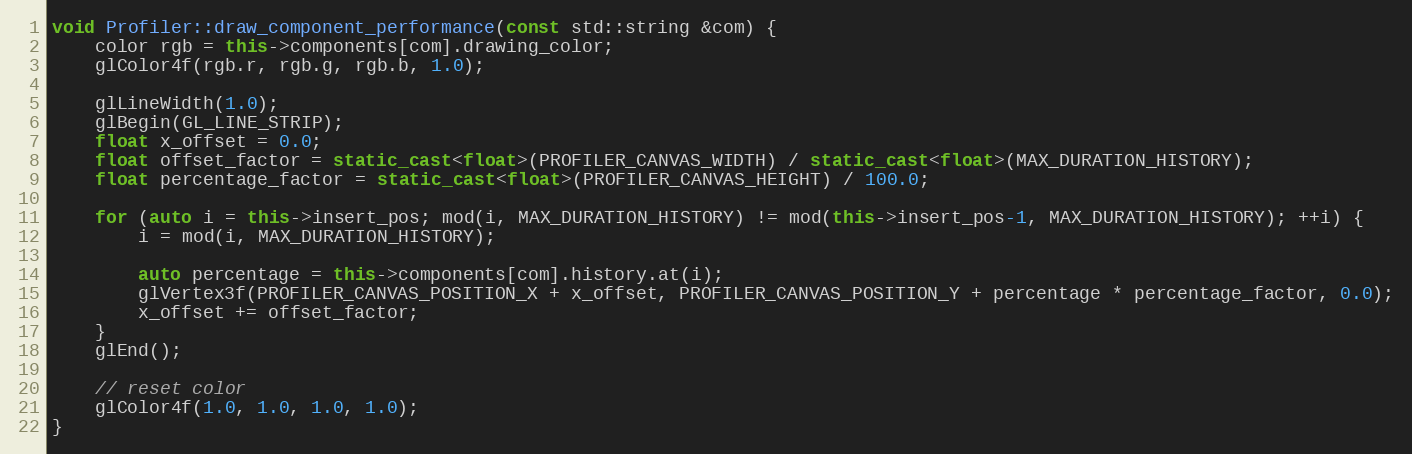
Language: C++
void Profiler::draw_component_performance(const std::string &com) {
	color rgb = this->components[com].drawing_color;
	glColor4f(rgb.r, rgb.g, rgb.b, 1.0);

	glLineWidth(1.0);
	glBegin(GL_LINE_STRIP);
	float x_offset = 0.0;
	float offset_factor = static_cast<float>(PROFILER_CANVAS_WIDTH) / static_cast<float>(MAX_DURATION_HISTORY);
	float percentage_factor = static_cast<float>(PROFILER_CANVAS_HEIGHT) / 100.0;

	for (auto i = this->insert_pos; mod(i, MAX_DURATION_HISTORY) != mod(this->insert_pos-1, MAX_DURATION_HISTORY); ++i) {
		i = mod(i, MAX_DURATION_HISTORY);

		auto percentage = this->components[com].history.at(i);
		glVertex3f(PROFILER_CANVAS_POSITION_X + x_offset, PROFILER_CANVAS_POSITION_Y + percentage * percentage_factor, 0.0);
		x_offset += offset_factor;
	}
	glEnd();

	// reset color
	glColor4f(1.0, 1.0, 1.0, 1.0);
}